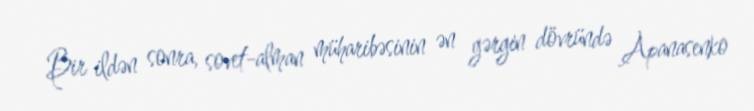
Bir ildən sonra, sovet-alman müharibəsinin ən gərgin dövründə Apanasenko